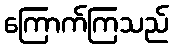
ကြောက်ကြသည်